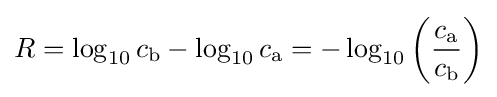
R=\log _{10}{c_{\mathrm {b} }}-\log _{10}{c_{\mathrm {a} }}=-\log _{10}{\left({\frac {c_{\mathrm {a} }}{c_{\mathrm {b} }}}\right)}